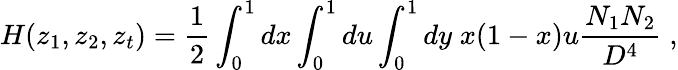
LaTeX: H(z_{1},z_{2},z_{t})={\frac{1}{2}}\int_{0}^{1}dx\int_{0}^{1}du\int_{0}^{1}dy\; x(1-x)u{\frac{N_{1}N_{2}}{D^{4}}}\; ,